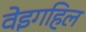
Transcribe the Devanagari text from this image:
वेइगहिल